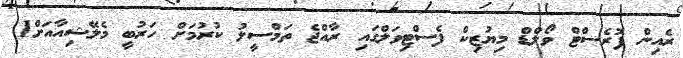
ރެއިން ފޮރެސްޓް ވޯލްޑް މިޔުޒިކް ފެސްޓިވަލްގައި ރާއްޖެ ތަމްސީލު ކުރުމަށް ހަރުބީ މެލޭޝިއާއަށް1